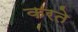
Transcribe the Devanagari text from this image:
करते